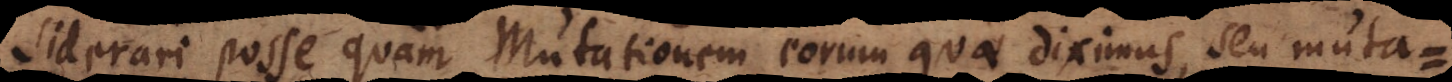
siderari posse quam mutationem eorum quae diximus, seu mutati